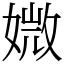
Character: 媺